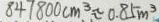
8 4 7 8 0 0 c m ^ { 3 } \approx 0 . 8 5 m ^ { 3 }